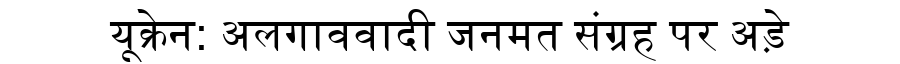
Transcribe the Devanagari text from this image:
यूक्रेन: अलगाववादी जनमत संग्रह पर अड़े